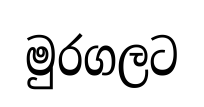
මුරගලට